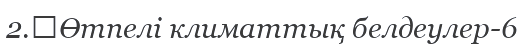
2.	Өтпелі климаттық белдеулер-6